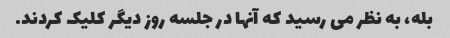
بله، به نظر می رسید که آنها در جلسه روز دیگر کلیک کردند.